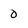
Character: 0